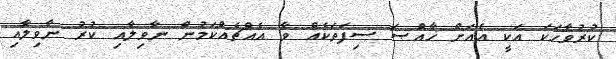
ކުރުވާހަކަ އަކީ އެއަށް ޚާއްޞަ ސިފަތަކެއް ވާ އެއްޗެއްކަމުން ނާވިލާއި ކުރު ނާވިލާއި